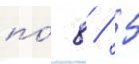
по́ 8 / 5